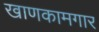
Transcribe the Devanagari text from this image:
खाणकामगार